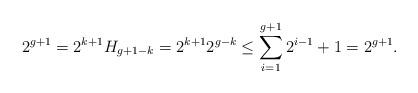
LaTeX: \begin{align*} 2^{g+1} = 2^{k+1}H_{g+1-k} = 2^{k+1}2^{g-k} \leq \sum_{i=1}^{g+1}2^{i-1}+1 = 2^{g+1}.\end{align*}